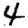
Digit: 4